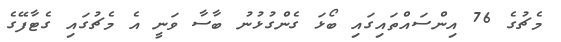
މެޗުގެ 76 އިންސައްތައިގައި ބޯޅަ ގެންގުޅުނު ބާސާ ވަނީ އެ މެޗުގައި ގެޓާފޭގެ